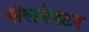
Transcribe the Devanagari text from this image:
संसपेक्टर